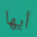
أيها